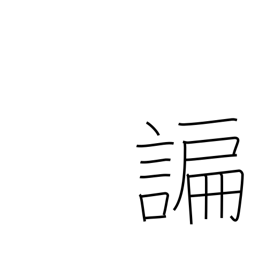
Meaning: flattering